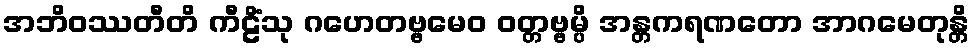
အဘိဝဿတီတိ ကီဠိံသု ဂဟေတဗ္ဗမေဝ ဝတ္တဗ္ဗမ္ပိ အန္တကရဏတော အာဂမေတုန္တိ